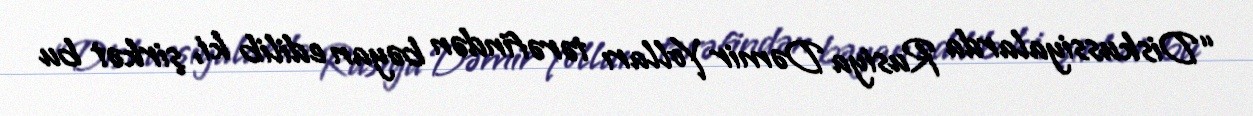
“Diskussiyalarda Rusiya Dəmir Yolları tərəfindən bəyan edilib ki, şirkət bu